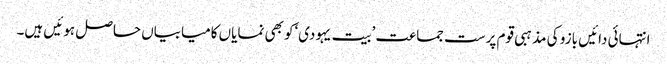
انتہائی دائیں بازو کی مذہبی قوم پرست جماعت ’بیت یہودی‘کو بھی نمایاں کامیابیاں حاصل ہوئیں ہیں۔